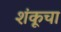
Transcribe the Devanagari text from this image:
शंकूचा